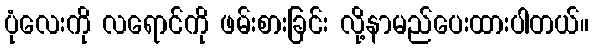
ပုံလေးကို လရောင်ကို ဖမ်းစားခြင်း လို့နာမည်ပေးထားပါတယ်။